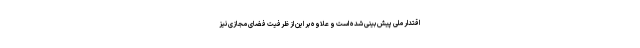
اقتدار ملی پیش بینی شده است و علاوه بر این از ظرفیت فضای مجازی نیز